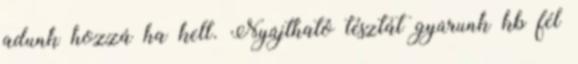
adunk hozzá ha kell. Nyújtható tésztát gyúrunk kb fél